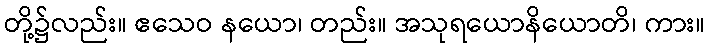
တို့၌လည်း။ ဧသေဝ နယော၊ တည်း။ အသုရယောနိယောတိ၊ ကား။